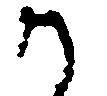
か